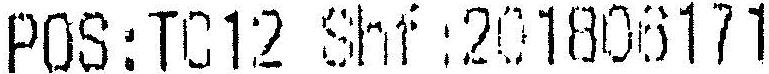
POS:T012 SHF :201806171